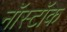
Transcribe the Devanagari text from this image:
नॉस्टॉक